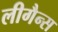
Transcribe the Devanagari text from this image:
लीगैन्स